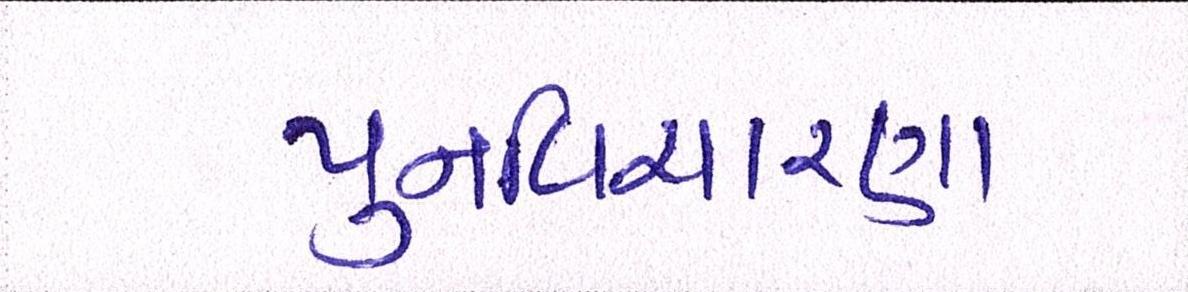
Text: પુનઃવિચારણા